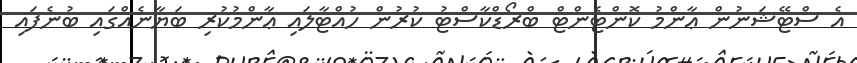
އެ ސްޓޭޝަނުން ޢާންމު ކޮންޓެންޓް ބްރޯޑްކާސްޓު ކުރުން ހުއްޓާލައި ޢާންމުކުރި ބަޔާނެއްގައި ބުނެފައި